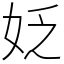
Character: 姂